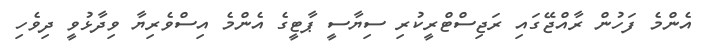
އެންމެ ފަހުން ރާއްޖޭގައި ރަޖިސްޓްރީކުރި ސިޔާސީ ޕާޓީގެ އެންމެ އިސްވެރިޔާ ވިދާޅުވީ ދިވެހި